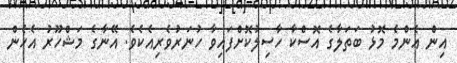
އިން އެންމެ މޮޅު ބަތަލާގެ އޮސްކާ ހާސިލުކޮށްފައިވާ ހުނަރުވެރިއެކެވެ. އޭނާގެ މަޝްހޫރު އެހެން